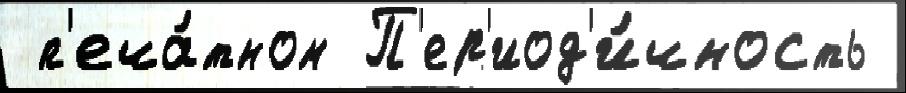
 п'еча́тном П'ер'иод'и́чность